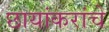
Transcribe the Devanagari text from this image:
छायांकरांचे